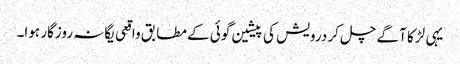
یہی لڑکا آگے چل کر درویش کی پیشین گوئی کے مطابق واقِعی یگانہ روزگار ہوا۔